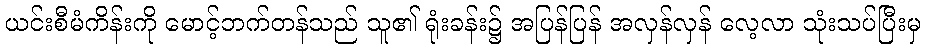
ယင်းစီမံကိန်းကို မောင့်ဘက်တန်သည် သူ၏ ရုံးခန်း၌ အပြန်ပြန် အလှန်လှန် လေ့လာ သုံးသပ်ပြီးမှ